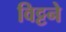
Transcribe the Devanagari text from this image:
विट्टने